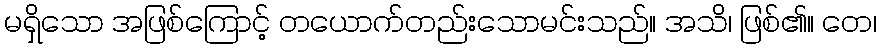
မရှိသော အဖြစ်ကြောင့် တယောက်တည်းသောမင်းသည်။ အသိ၊ ဖြစ်၏။ တေ၊